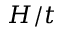
H / t